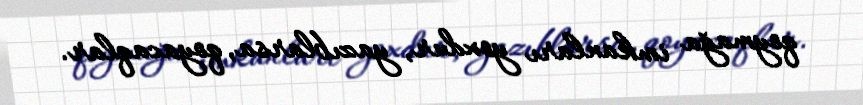
qoymağa imkanları yoxdur, yazıblarsa, qoyacaqlar.